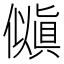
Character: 𫣵